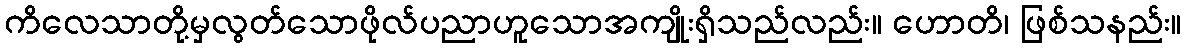
ကိလေသာတို့မှလွတ်သောဖိုလ်ပညာဟူသောအကျိုးရှိသည်လည်း။ ဟောတိ၊ ဖြစ်သနည်း။